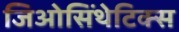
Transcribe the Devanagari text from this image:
जिओसिंथेटिक्स